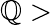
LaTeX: \mathbb{Q}>